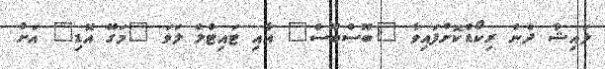
ލައިޝާ ދެން ރިކޯޑްކޮށްފައިވާ "ބޫސްބޫސް" އާއި ޓައިޓްލް ލަވަ "މަގޭ އޮޑި" އަށް